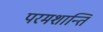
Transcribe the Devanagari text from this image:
परमशान्ति